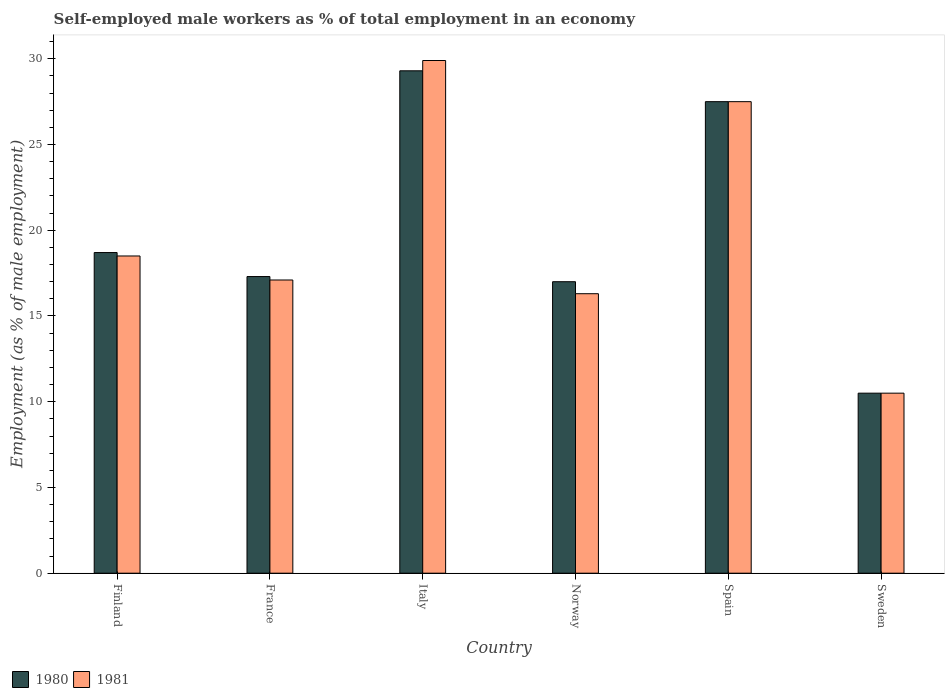
| Country | 1980 | 1981 |
 | --- | --- | --- |
 | Finland | 18.7 | 18.5 |
 | France | 17.3 | 17.1 |
 | Italy | 29.3 | 29.9 |
 | Norway | 17 | 16.3 |
 | Spain | 27.5 | 27.5 |
 | Sweden | 10.5 | 10.5 |